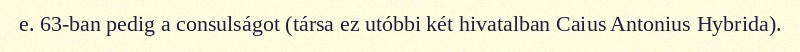
e. 63-ban pedig a consulságot (társa ez utóbbi két hivatalban Caius Antonius Hybrida).